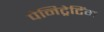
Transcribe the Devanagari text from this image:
पेनिट्रेटिंग